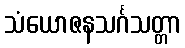
သံယောဇနသင်္ဂသတ္တာ